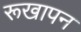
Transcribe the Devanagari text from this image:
रूखापन